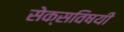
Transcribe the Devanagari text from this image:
सेक्सविषयी